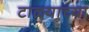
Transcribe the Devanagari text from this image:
टाळ्याच्या